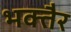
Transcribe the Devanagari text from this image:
भक्तैर